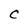
Character: C